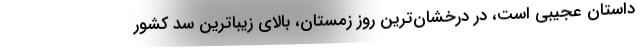
داستان عجيبي است، در درخشان‌ترين روز زمستان، بالاي زيبا‌ترين سد كشور